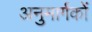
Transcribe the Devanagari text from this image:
अनुमार्गकों